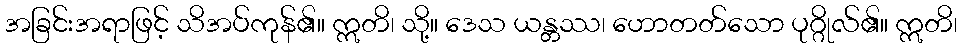
အခြင်းအရာဖြင့် သိအပ်ကုန်၏။ ဣတိ၊ သို့။ ဒေသ ယန္တဿ၊ ဟောတတ်သော ပုဂ္ဂိုလ်၏။ ဣတိ၊